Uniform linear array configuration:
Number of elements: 48
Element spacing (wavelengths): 0.75
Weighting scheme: cosine
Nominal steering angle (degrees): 30
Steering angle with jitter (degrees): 31.642
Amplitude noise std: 0.05
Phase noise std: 0.05

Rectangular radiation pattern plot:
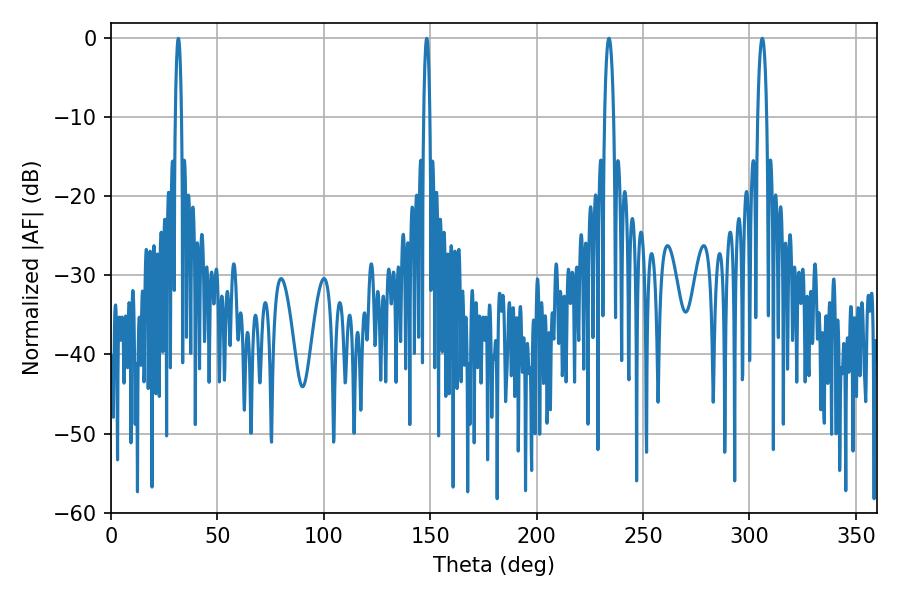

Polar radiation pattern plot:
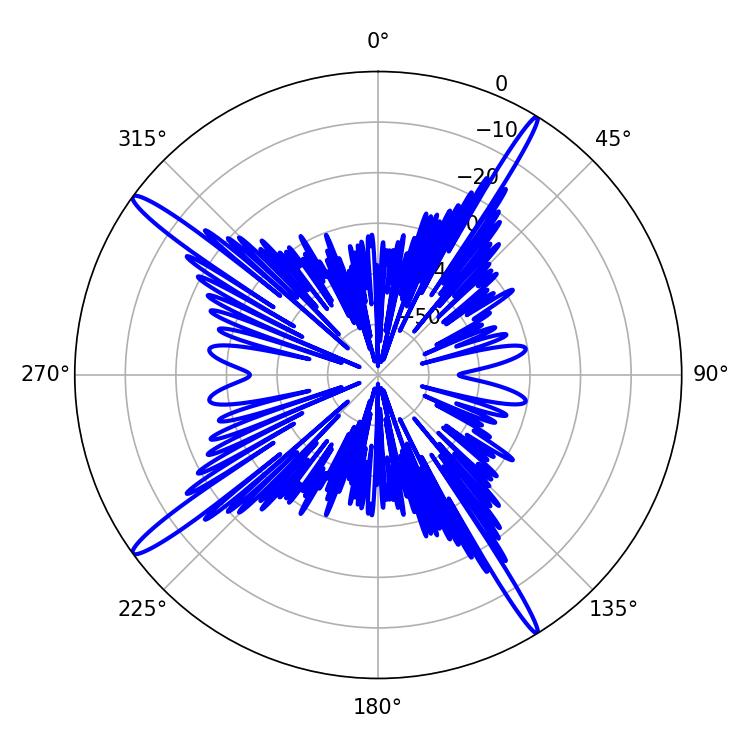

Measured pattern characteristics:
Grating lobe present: TRUE
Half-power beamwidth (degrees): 2.34
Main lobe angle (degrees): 234